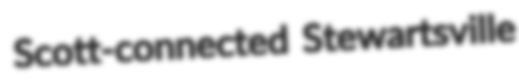
Scott-connected Stewartsville